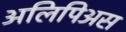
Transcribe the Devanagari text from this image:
अलिपिअस